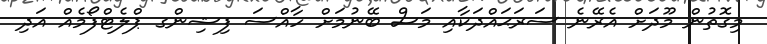
މިގޮތުން މޫދަށް އެރޭނެ ސަރަޙައްދަކާއި މަސް ބޭނުމަށް ހާއްސަ ފިޝިންގ ޕްލެޓްފޯމެއް އަދި